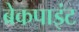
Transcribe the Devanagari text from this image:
ब्रेकपाइंट